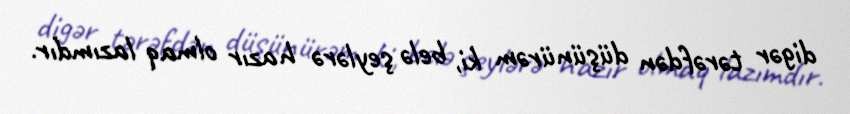
digər tərəfdən düşünürəm ki, belə şeylərə hazır olmaq lazımdır.